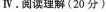
Ⅳ.阅读理解(20分)